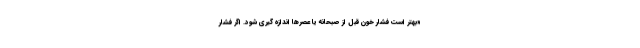
«بهتر است فشار خون قبل از صبحانه یا عصرها اندازه گیری شود. اگر فشار